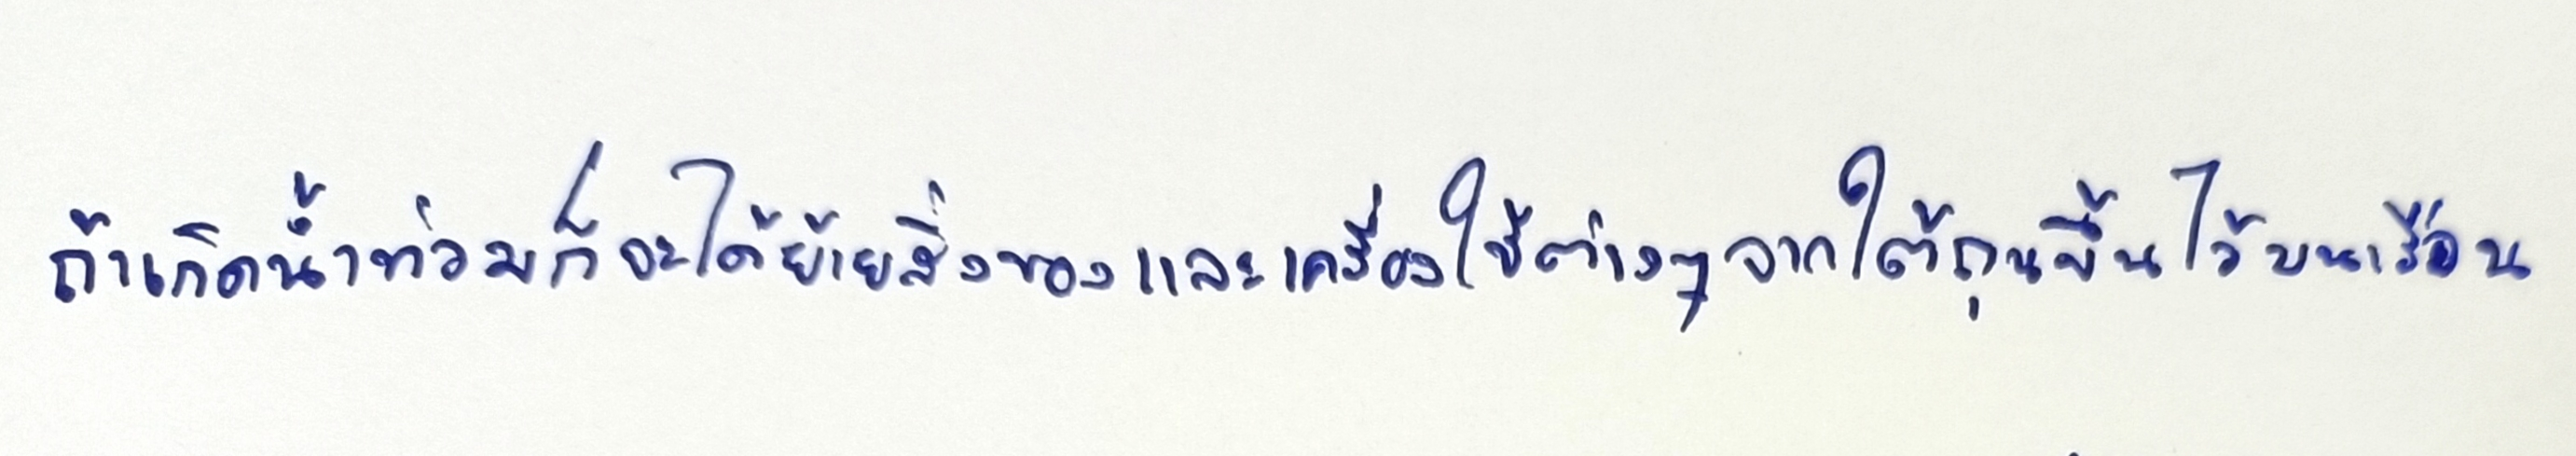
ถ้าเกิดน้ำท่วมก็จะได้ย้ายสิ่งของและเครื่องใช้ต่างๆจากใต้ถุนขึ้นไว้บนเรือน